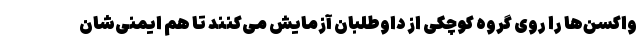
واکسن‌ها را روی گروه کوچکی از داوطلبان آزمایش می‌کنند تا هم ایمنی‌شان